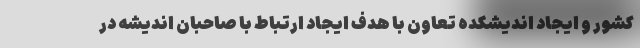
کشور و ایجاد اندیشکده تعاون با هدف ایجاد ارتباط با صاحبان اندیشه در